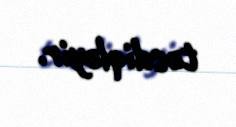
təsdiqləyir.